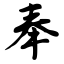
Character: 奉